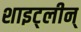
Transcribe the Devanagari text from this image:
शाइट्लीन्